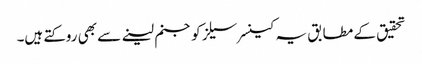
تحقیق کے مطابق یہ کینسر سیلز کو جنم لینے سے بھی روکتے ہیں۔